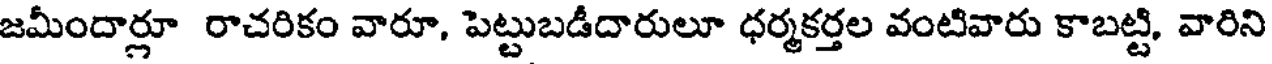
జమీందార్లూ రాచరికం వారూ, పెట్టుబడీదారులూ ధర్మకర్తల వంటివారు కాబట్టి, వారిని